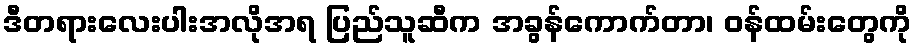
ဒီတရားလေးပါးအလိုအရ ပြည်သူဆီက အခွန်ကောက်တာ၊ ဝန်ထမ်းတွေကို